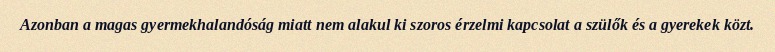
Azonban a magas gyermekhalandóság miatt nem alakul ki szoros érzelmi kapcsolat a szülők és a gyerekek közt.